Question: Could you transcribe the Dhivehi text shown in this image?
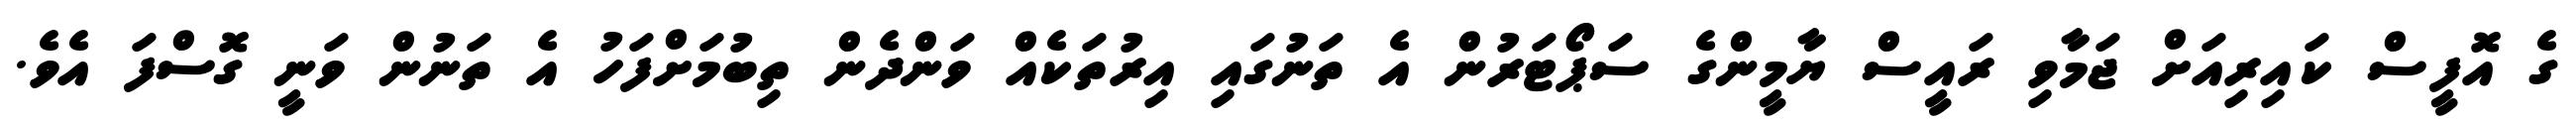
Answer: ގެ އޮފީސް ކައިރިއަށް ޖަމާވި ރައީސް ޔާމީންގެ ސަޕޯޓަރުން އެ ތަނުގައި އިރުތަކެއް ވަންދެން ތިބުމަށްފަހު އެ ތަނުން ވަނީ ގޮސްފަ އެވެ.